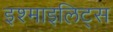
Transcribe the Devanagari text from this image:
इश्माइलिट्स